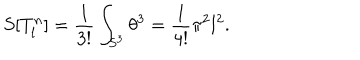
LaTeX: S [ T _ { l } ^ { n } ] = \frac 1 { 3 ! } \int _ { S ^ { 3 } } \theta ^ { 3 } = \frac 1 { 4 ! } \pi ^ { 2 } l ^ { 2 } .